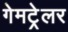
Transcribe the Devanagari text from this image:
गेमट्रेलर